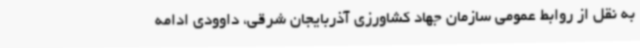
به نقل از روابط عمومی سازمان جهاد کشاورزی آذربایجان شرقی، داوودی ادامه